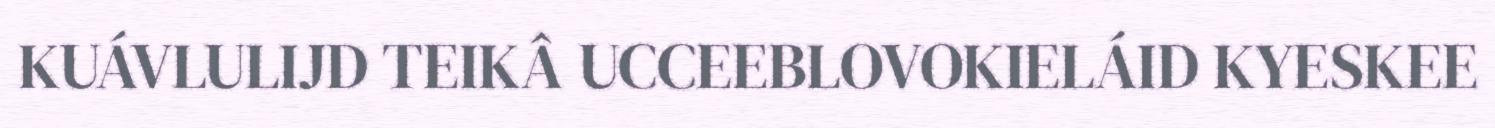
KUÁVLULIJD TEIKÂ UCCEEBLOVOKIELÁID KYESKEE